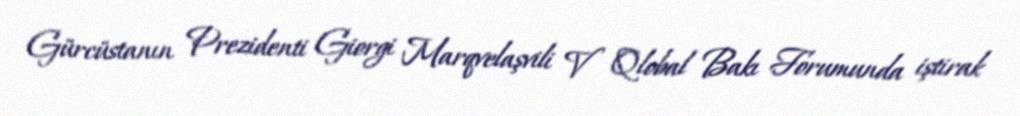
Gürcüstanın Prezidenti Giorgi Marqvelaşvili V Qlobal Bakı Forumunda iştirak